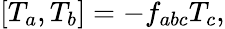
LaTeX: \lbrack T_{a},T_{b}]=-f_{abc}T_{c},